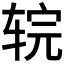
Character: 𰺇